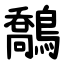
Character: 鷮